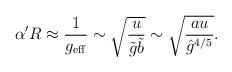
LaTeX: \begin{align*}\alpha' R \approx \frac{1}{g_{\rm eff}} \sim \sqrt{\frac{u}{\tilde g\tilde b}} \sim \sqrt{\frac{a u}{{\hat g}^{4/5}}}.\end{align*}